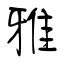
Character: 雅